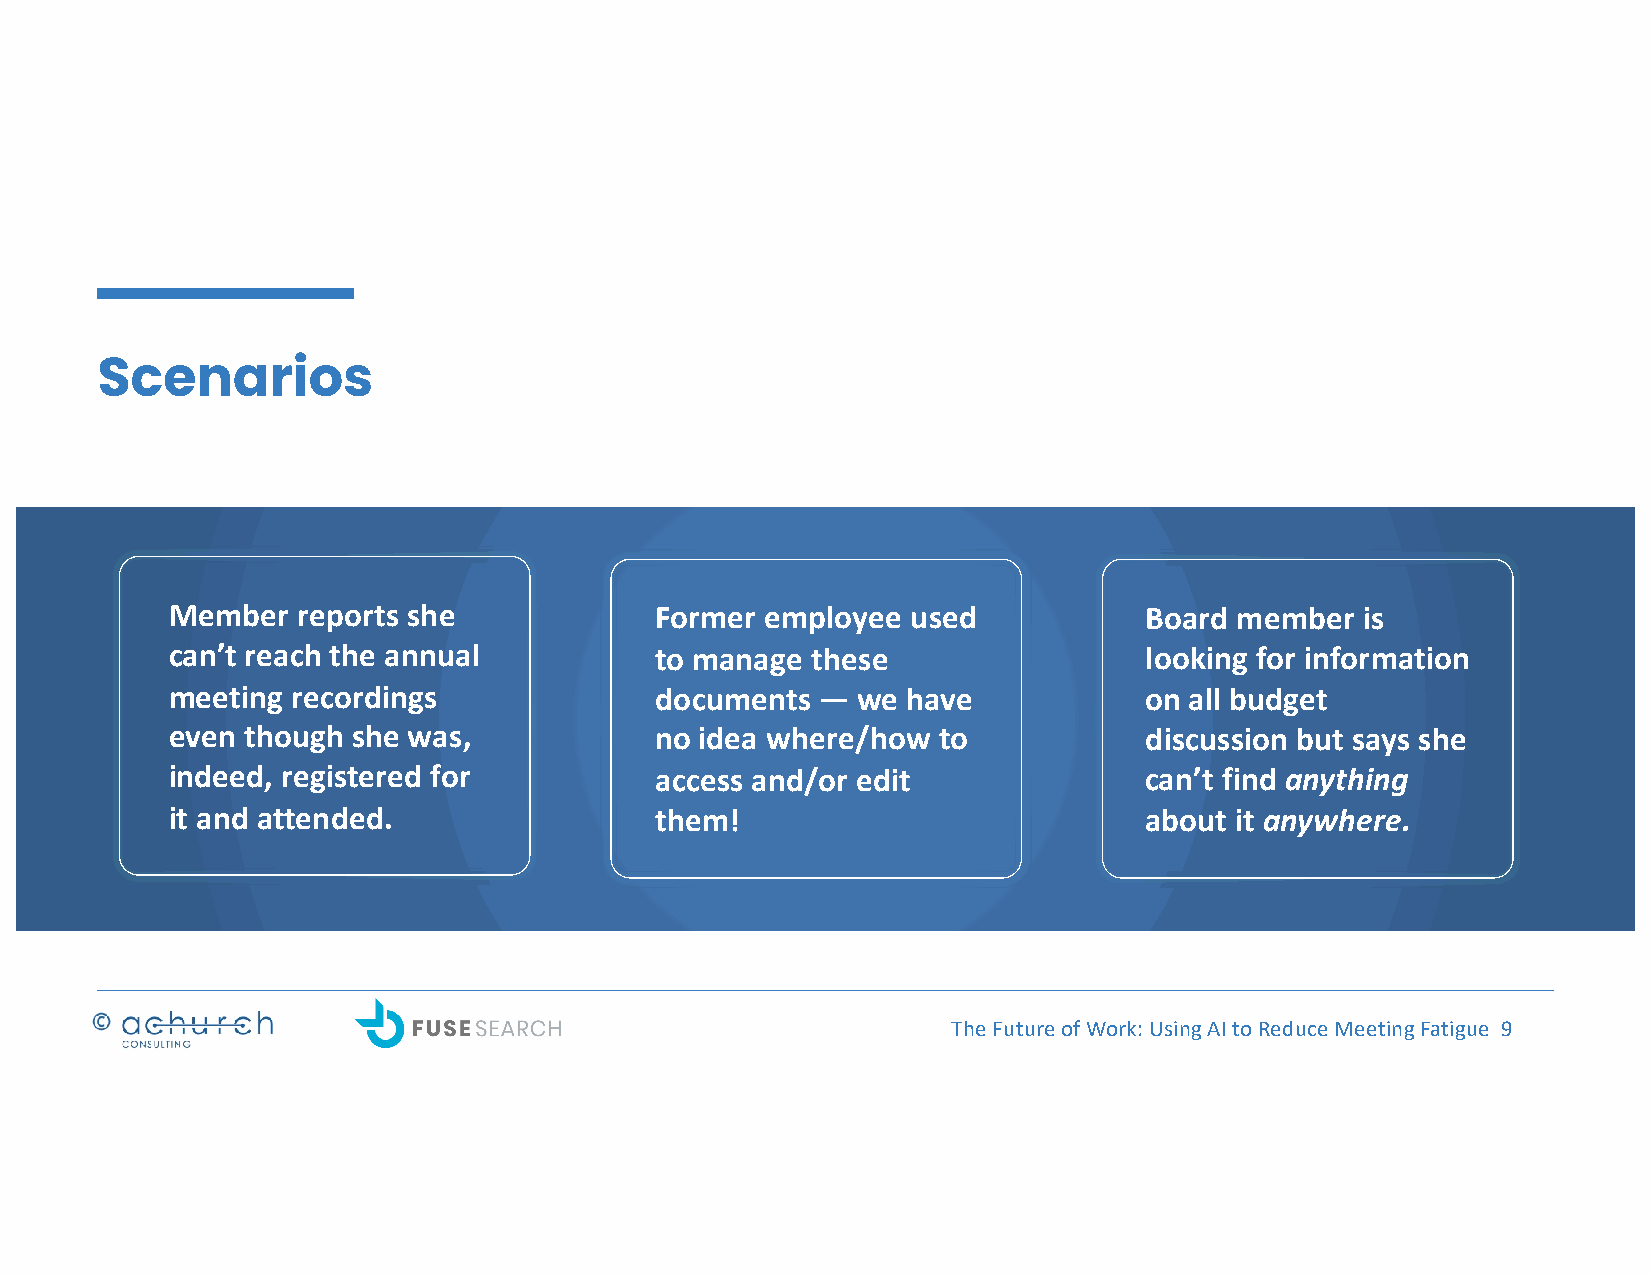
Scenarios
 Member   reports she            Former  employee used            Board member  is
 can’t reach the annual          to manage  these                 looking for information
 meeting recordings              documents  —  we have            on all budget
 even though she was,            no idea where/how  to            discussion but says she
 indeed, registered for          access and/or edit               can’t find anything
 it and attended.                them!                            about it anywhere.
 The Future of Work: Using AI to Reduce Meeting Fatigue 9